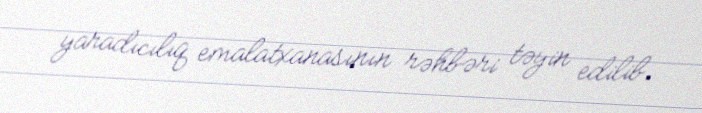
yaradıcılıq emalatxanasının rəhbəri təyin edilib.